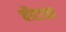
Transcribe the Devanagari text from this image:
चौटाका